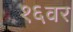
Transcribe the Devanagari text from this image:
१६वर